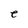
Character: e